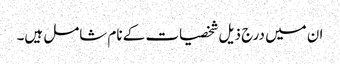
ان میں درج ذیل شخصیات کے نام شامل ہیں۔